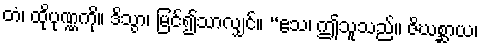
တံ၊ ထိုပုဏ္ဏကို။ ဒိသွာ၊ မြင်၍သာလျှင်။ “ဧသ၊ ဤသူသည်။ ဇိဃစ္ဆာယ၊